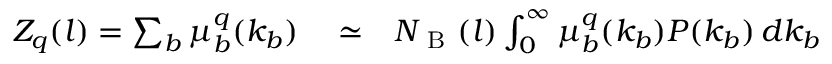
\begin{array} { r l r } { Z _ { q } ( l ) = \sum _ { b } \mu _ { b } ^ { q } ( k _ { b } ) } & { { } \simeq } & { N _ { \mathrm { ~ B ~ } } ( l ) \int _ { 0 } ^ { \infty } \mu _ { b } ^ { q } ( k _ { b } ) P ( k _ { b } ) \, d k _ { b } } \end{array}